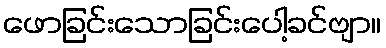
ဖောခြင်းသောခြင်းပေါ့ခင်ဗျာ။